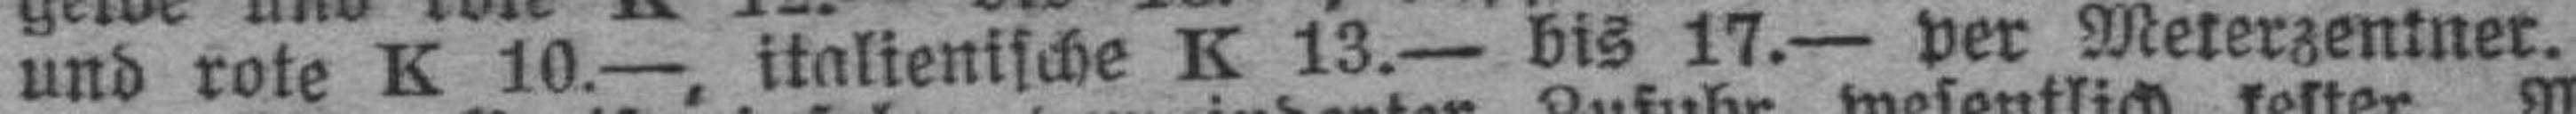
und rote K 10.—, italienische K 13.— bis 17.— per Meterzentner.